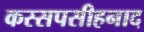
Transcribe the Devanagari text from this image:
कस्सपसीहनाद